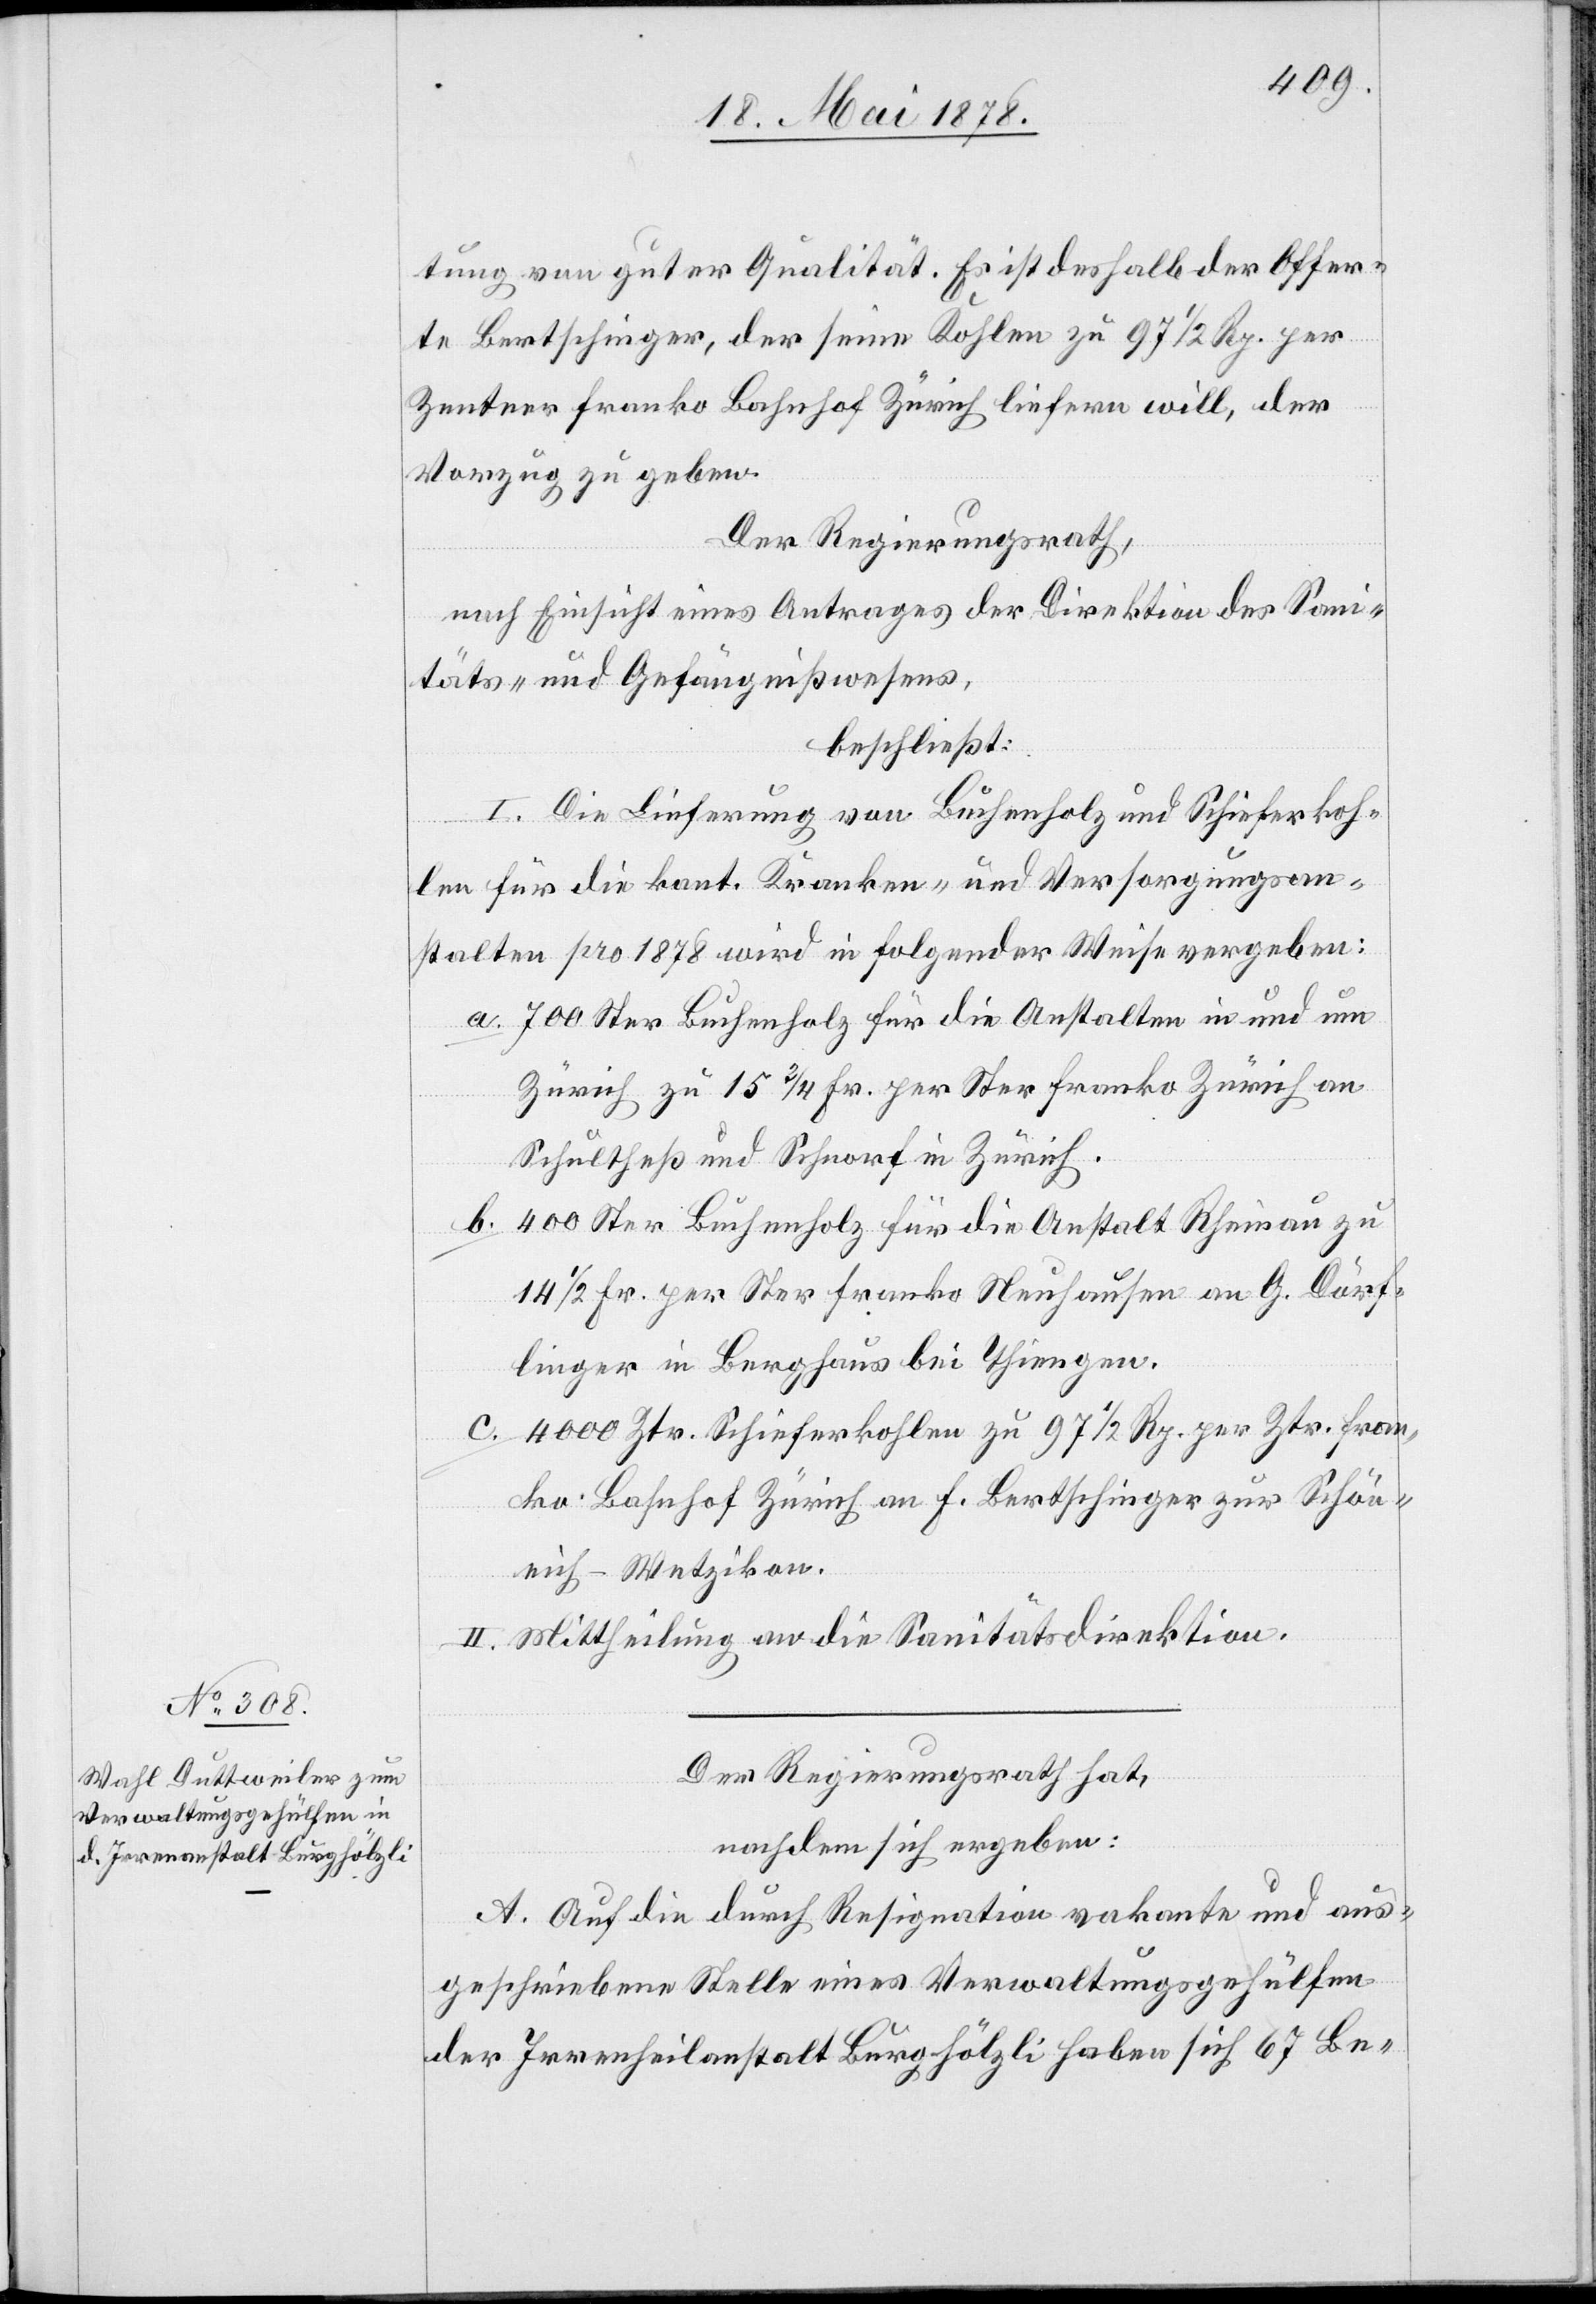
tung von guter Qualität. Es ist deshalb der Offer¬
te Bertschinger, der seine Kohlen zu 97 1/2 Rp. per
Zentner franko Bahnhof Zürich liefern will, der
Vorzug zu geben.
Der Regierungsrath,
nach Einsicht eines Antrages der Direktion des Sani¬
täts- & Gefängnißwesens,
beschließt:
I. Die Lieferung von Buchenholz und Schieferkoh¬
len für die kant. Kranken- und Versorgungsan¬
stalten pro 1878 wird in folgender Weise vergeben:
700 Ster Buchenholz für die Anstalten in und um
Zürich zu 15 3/4 per Ster franko Zürich an
Schultheß und Schnorf in Zürich.
400 Ster Buchenholz für die Anstalt Rheinau zu
14 1/2 Fr. per Ster franko Neuhausen an G. Dörf¬
linger in Berghaus bis Thiengen.
4000 Ztr. Schieferkohlen zu 97 1/2 Rp. per Ztr. fran¬
ko Bahnhof Zürich an F. Bertschinger zur Schön¬
eich - Wetzikon.
II. Mittheilung an die Sanitätsdirektion.
Der Regierungsrath hat,
nachdem sich ergeben:
A. Auf die durch Resignation vakante und aus¬
geschriebene Stelle eines Verwaltungsgehülfen
der Irrenheilanstalt Burghölzli haben sich 67 Be-